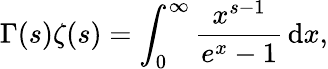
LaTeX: \Gamma(s)\zeta(s)=\int_{0}^{\infty}{\frac{x^{s-1}}{e^{x}-1}}\, \mathrm{d}x,